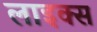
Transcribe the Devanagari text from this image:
लाइक्स